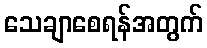
သေချာစေရန်အတွက်